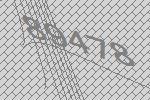
89478